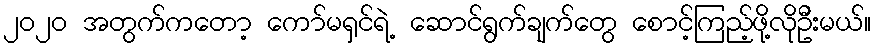
၂၀၂၀ အတွက်ကတော့ ကော်မရှင်ရဲ့ ဆောင်ရွက်ချက်တွေ စောင့်ကြည့်ဖို့လိုဦးမယ်။